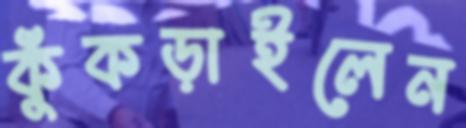
কুঁকড়াইলেন